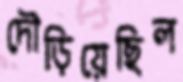
দৌড়িয়েছিল